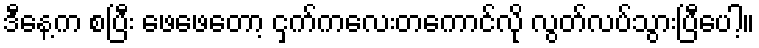
ဒီနေ့က စပြီး ဖေဖေတော့ ငှက်ကလေးတကောင်လို လွတ်လပ်သွားပြီပေါ့။